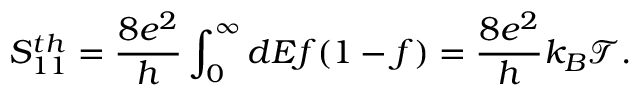
{ S _ { 1 1 } ^ { t h } = \frac { 8 e ^ { 2 } } { h } \int _ { 0 } ^ { \infty } d E f ( 1 - f ) = \frac { 8 e ^ { 2 } } { h } k _ { B } \mathcal { T } . }